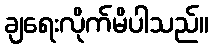
ချရေးလိုက်မိပါသည်။